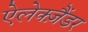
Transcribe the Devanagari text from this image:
ऐलेक्ज़ैंडर